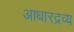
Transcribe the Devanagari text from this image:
आधारद्रव्य